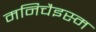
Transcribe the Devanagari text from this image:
मनिचैइस्म